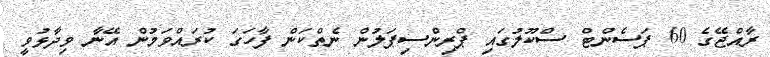
ރާއްޖޭގެ 60 ޕަސެންޓް ސްކޫލުގައި ޕްރިންސިޕަލުން ނެތްކަން ފާހަގަ ކުރައްވަމުން އޭނާ ވިދާޅުވީ